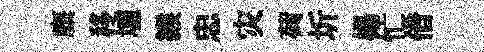
麋移墟緱忠灾荷圻楊忙借